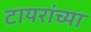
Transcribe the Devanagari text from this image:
टायरांच्या